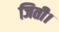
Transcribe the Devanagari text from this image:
जिती।